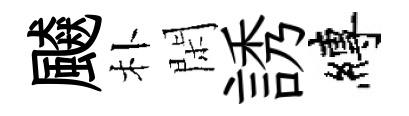
飇朴閑誘縛